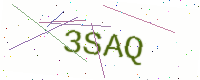
Text: 3SAQ